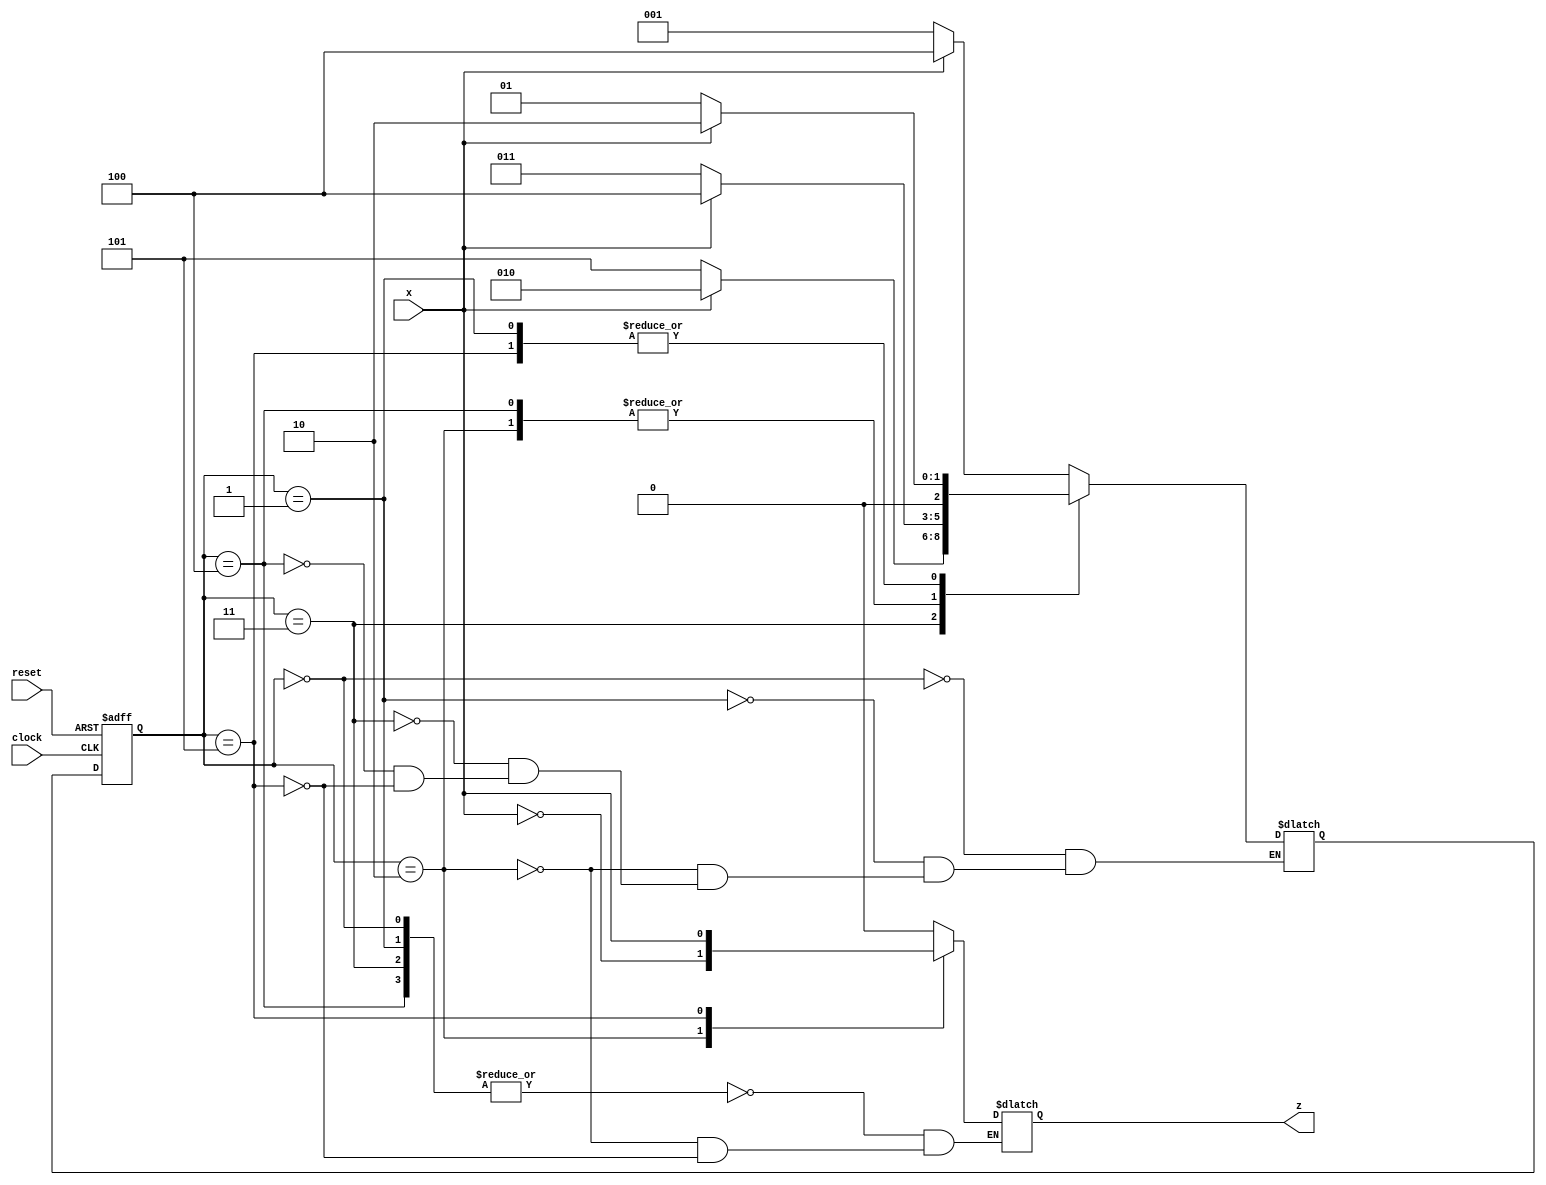
module Lab3_Sequence_Recognizer_state_diagram(input x, clock, reset, output reg z);
	reg [2:0] state, next_state;
	parameter S0 = 3'b000, S1 = 3'b001, S2 = 3'b010, S3 = 3'b011, S4 = 3'b100, S5 = 3'b101;
	
	//State Transition
	always @(posedge clock, negedge reset)
		if (reset == 0)state <= S0; //Active LOW
		else state <= next_state;
	
	//Forming the next state
	always @(state, x)
		case(state)
			S0: if(x) next_state = S4; else next_state = S1;
			S1: if(x) next_state = S2; else next_state = S1;
			S2: if(x) next_state = S4; else next_state = S3;
			S3: if(x) next_state = S2; else next_state = S5;
			S4: if(x) next_state = S4; else next_state = S3;
			S5: if(x) next_state = S2; else next_state = S1;
		endcase
	
	//Forming the output
	always @(state, x)
		case(state)
			S0, S1, S3, S4: z = 0;
			S2: z = ~x;
			S5: z = x;
		endcase
endmodule